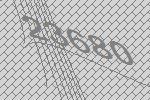
23680